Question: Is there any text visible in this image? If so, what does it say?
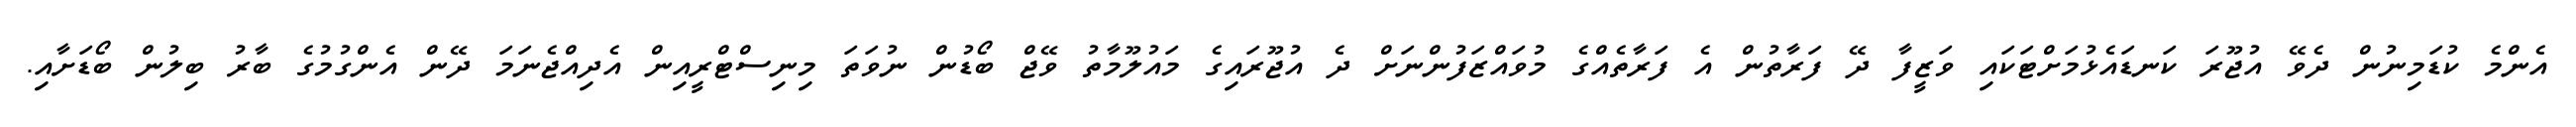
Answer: އެންމެ ކުޑަމިނުން ދެވޭ އުޖޫރަ ކަނޑައެޅުމަށްޓަކައި ވަޒީފާ ދޭ ފަރާތުން އެ ފަރާތެއްގެ މުވައްޒަފުންނަށް ދެ އުޖޫރައިގެ މައުލޫމާތު ވޭޖް ބޯޑުން ނުވަތަ މިނިސްޓްރީއިން އެދިއްޖެނަމަ ދޭން އެންގުމުގެ ބާރު ބިލުން ބޯޑަށާއި.